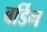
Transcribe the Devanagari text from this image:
बर्डिग